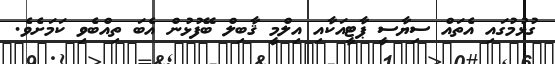
ގުޅުމުގައި އެތައް ސިޔާސީ ޕާޓީއަކާއި އިލްމީ ޤާބިލް ބޭފުޅުން އެބަ ތިއްބެވި ކަމަށެވެ.